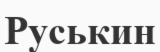
Руськин